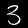
Digit: 3